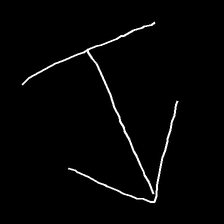
Glyph: levitation